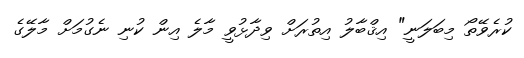
ކުރެވޭތޯ މިބަލަނީ" އިޤްބާލު އިތުރަށް ވިދާޅުވީ މާލެ އިން ކުނި ނެގުމަށް މާލޭގެ